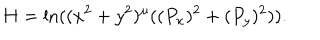
H = \ln ( ( x ^ { 2 } + y ^ { 2 } ) ^ { \mu } ( ( P _ { x } ) ^ { 2 } + ( P _ { y } ) ^ { 2 } ) ) .